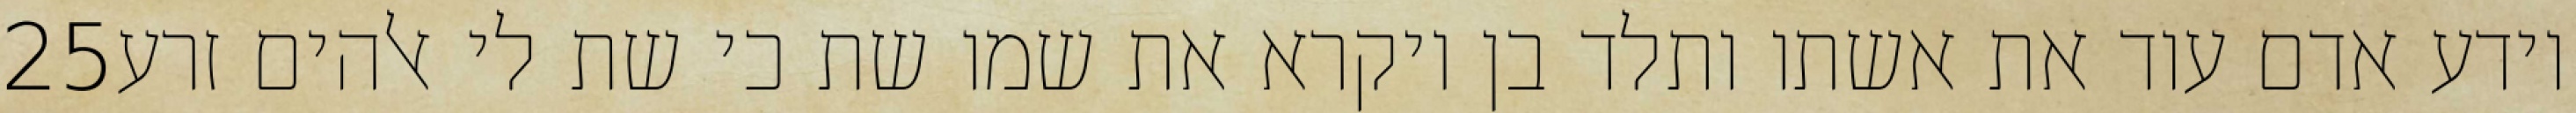
‎25‏ וידע אדם עוד את אשתו ותלד בן ויקרא את שמו שת כי שת לי אלהים זרע